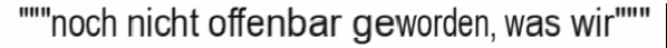
"""noch nicht offenbar geworden, was wir"""